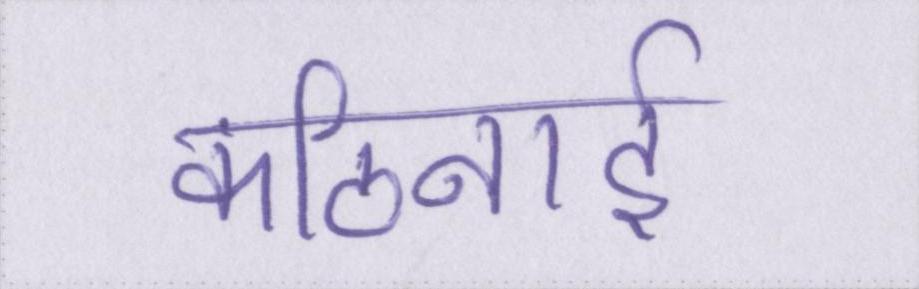
कठिनाई